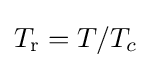
T_{\text{r}}=T/T_{c}